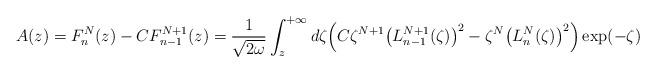
LaTeX: \begin{gather*} A(z) = F_{n}^{N}(z)-CF_{n-1}^{N+1}(z) = \frac{1}{\sqrt{2\omega }}\int_{z}^{+\infty }d\zeta \Big( C\zeta ^{N+1}\big( L_{n-1}^{N+1}(\zeta) \big) ^{2}-\zeta ^{N}\big( L_{n}^{N}(\zeta) \big) ^{2}\Big) \exp ( -\zeta )\end{gather*}